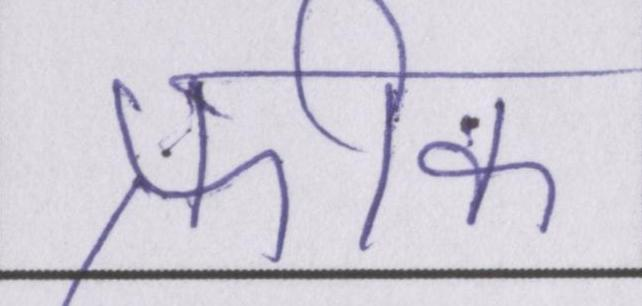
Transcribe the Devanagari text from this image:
फ्रीक